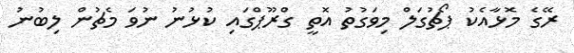
ރޭގެ މޮޅާއެކު ޕޯޗުގަލް މިވަގުތު އޮތީ ގްރޫޕްގައި ކުޅުނު ނުވަ މެޗުން ލިބުނު